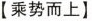
【乘势而上】